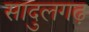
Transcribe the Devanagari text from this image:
सादुलगढ़